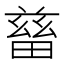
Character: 𤲸